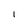
Character: I